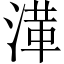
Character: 㴖